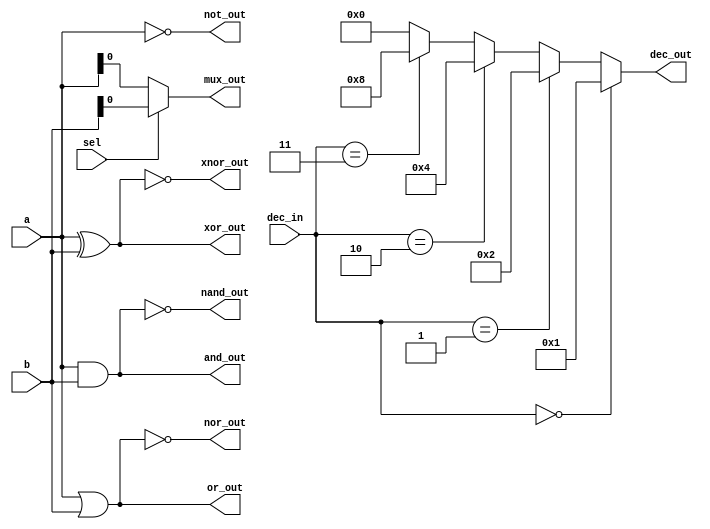
module covered_cells (
    input wire [3:0] a,        // 4-bit input for AND, OR, etc.
    input wire [3:0] b,        // 4-bit input for AND, OR, etc.
    input wire sel,            // Select line for multiplexer
    input wire [1:0] dec_in,   // 2-bit input for decoder
    output wire [3:0] and_out, // AND output
    output wire [3:0] or_out,  // OR output
    output wire [3:0] not_out, // NOT output
    output wire [3:0] nand_out, // NAND output
    output wire [3:0] nor_out,  // NOR output
    output wire [3:0] xor_out,  // XOR output
    output wire [3:0] xnor_out, // XNOR output
    output wire mux_out,        // Multiplexer output
    output wire [3:0] dec_out   // Decoder output
);

// Basic Logic Functions
assign and_out = a & b;      // AND
assign or_out = a | b;       // OR
assign not_out = ~a;         // NOT
assign nand_out = ~(a & b);  // NAND
assign nor_out = ~(a | b);   // NOR
assign xor_out = a ^ b;      // XOR
assign xnor_out = ~(a ^ b);  // XNOR

// Multiplexer
assign mux_out = sel ? b[0] : a[0]; // 2-to-1 multiplexer using the least significant bit

// Decoder
assign dec_out = (dec_in == 2'b00) ? 4'b0001 :
                 (dec_in == 2'b01) ? 4'b0010 :
                 (dec_in == 2'b10) ? 4'b0100 :
                 (dec_in == 2'b11) ? 4'b1000 : 4'b0000;

endmodule